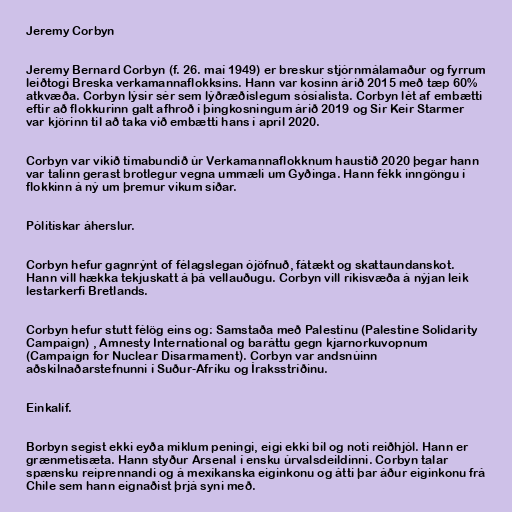
Jeremy Corbyn

Jeremy Bernard Corbyn (f. 26. maí 1949) er breskur stjórnmálamaður og fyrrum
leiðtogi Breska verkamannaflokksins. Hann var kosinn árið 2015 með tæp 60%
atkvæða. Corbyn lýsir sér sem lýðræðislegum sósíalista. Corbyn lét af embætti
eftir að flokkurinn galt afhroð í þingkosningum árið 2019 og Sir Keir Starmer
var kjörinn til að taka við embætti hans í apríl 2020.

Corbyn var vikið tímabundið úr Verkamannaflokknum haustið 2020 þegar hann
var talinn gerast brotlegur vegna ummæli um Gyðinga. Hann fékk inngöngu í
flokkinn á ný um þremur vikum síðar.

Pólitískar áherslur.

Corbyn hefur gagnrýnt of félagslegan ójöfnuð, fátækt og skattaundanskot.
Hann vill hækka tekjuskatt á þá vellauðugu. Corbyn vill ríkisvæða á nýjan leik
lestarkerfi Bretlands.

Corbyn hefur stutt félög eins og: Samstaða með Palestínu (Palestine Solidarity
Campaign) , Amnesty International og baráttu gegn kjarnorkuvopnum
(Campaign for Nuclear Disarmament). Corbyn var andsnúinn
aðskilnaðarstefnunni í Suður-Afríku og Íraksstríðinu.

Einkalíf.

Borbyn segist ekki eyða miklum peningi, eigi ekki bíl og noti reiðhjól. Hann er
grænmetisæta. Hann styður Arsenal í ensku úrvalsdeildinni. Corbyn talar
spænsku reiprennandi og á mexíkanska eiginkonu og átti þar áður eiginkonu frá
Chile sem hann eignaðist þrjá syni með.